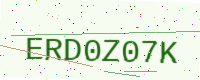
Text: ERD0Z07K